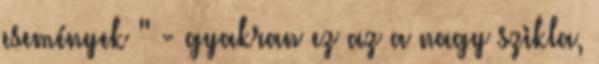
események " - gyakran ez az a nagy szikla,